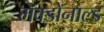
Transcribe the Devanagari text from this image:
मॅक्डोनाल्ड